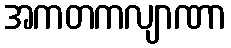
အကတကလျာဏာ